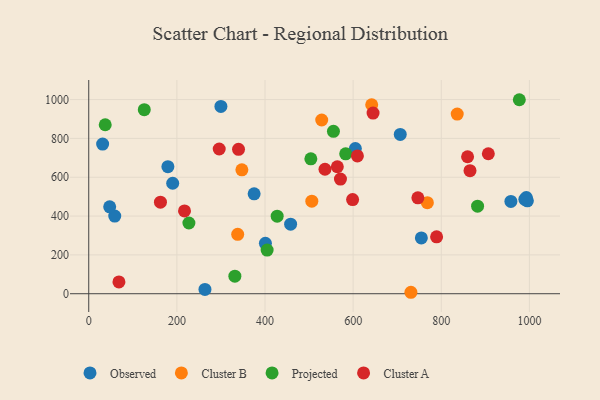
{"axis": {"x": "Distance", "y": "Demand"}, "legend": ["Cluster A", "Cluster B", "Observed", "Projected"], "data": [{"x": "59.0", "y": 399.7, "type": "Observed"}, {"x": "958.0", "y": 475.4, "type": "Observed"}, {"x": "179.6", "y": 654.5, "type": "Observed"}, {"x": "190.5", "y": 569.0, "type": "Observed"}, {"x": "754.8", "y": 287.2, "type": "Observed"}, {"x": "375.3", "y": 514.4, "type": "Observed"}, {"x": "263.7", "y": 22.3, "type": "Observed"}, {"x": "299.9", "y": 964.7, "type": "Observed"}, {"x": "31.5", "y": 770.7, "type": "Observed"}, {"x": "400.9", "y": 259.4, "type": "Observed"}, {"x": "706.9", "y": 820.7, "type": "Observed"}, {"x": "605.0", "y": 747.8, "type": "Observed"}, {"x": "47.5", "y": 447.5, "type": "Observed"}, {"x": "989.7", "y": 486.2, "type": "Observed"}, {"x": "995.4", "y": 478.6, "type": "Observed"}, {"x": "993.0", "y": 495.6, "type": "Observed"}, {"x": "458.1", "y": 358.1, "type": "Observed"}, {"x": "347.5", "y": 638.2, "type": "Cluster B"}, {"x": "528.7", "y": 894.9, "type": "Cluster B"}, {"x": "836.2", "y": 925.3, "type": "Cluster B"}, {"x": "338.0", "y": 305.8, "type": "Cluster B"}, {"x": "731.1", "y": 7.5, "type": "Cluster B"}, {"x": "768.4", "y": 468.8, "type": "Cluster B"}, {"x": "506.2", "y": 476.6, "type": "Cluster B"}, {"x": "642.1", "y": 973.4, "type": "Cluster B"}, {"x": "126.0", "y": 948.2, "type": "Projected"}, {"x": "882.4", "y": 451.0, "type": "Projected"}, {"x": "37.4", "y": 870.2, "type": "Projected"}, {"x": "427.6", "y": 399.6, "type": "Projected"}, {"x": "331.6", "y": 90.2, "type": "Projected"}, {"x": "504.0", "y": 694.7, "type": "Projected"}, {"x": "404.8", "y": 224.7, "type": "Projected"}, {"x": "977.1", "y": 999.2, "type": "Projected"}, {"x": "555.3", "y": 836.6, "type": "Projected"}, {"x": "227.3", "y": 364.2, "type": "Projected"}, {"x": "583.1", "y": 720.4, "type": "Projected"}, {"x": "746.9", "y": 494.2, "type": "Cluster A"}, {"x": "906.8", "y": 721.0, "type": "Cluster A"}, {"x": "609.7", "y": 710.0, "type": "Cluster A"}, {"x": "217.3", "y": 426.7, "type": "Cluster A"}, {"x": "564.1", "y": 653.9, "type": "Cluster A"}, {"x": "162.7", "y": 471.8, "type": "Cluster A"}, {"x": "296.1", "y": 745.5, "type": "Cluster A"}, {"x": "865.2", "y": 634.0, "type": "Cluster A"}, {"x": "339.9", "y": 743.5, "type": "Cluster A"}, {"x": "571.2", "y": 590.5, "type": "Cluster A"}, {"x": "789.4", "y": 292.9, "type": "Cluster A"}, {"x": "536.1", "y": 641.0, "type": "Cluster A"}, {"x": "68.5", "y": 60.8, "type": "Cluster A"}, {"x": "859.7", "y": 705.4, "type": "Cluster A"}, {"x": "598.8", "y": 485.1, "type": "Cluster A"}, {"x": "645.2", "y": 930.6, "type": "Cluster A"}]}